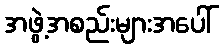
အဖွဲ့အစည်းများအပေါ်